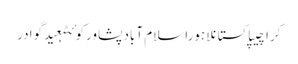
کراچیپاکستانلاہوراسلام آبادپشاورکوئٹہعیدگوادر